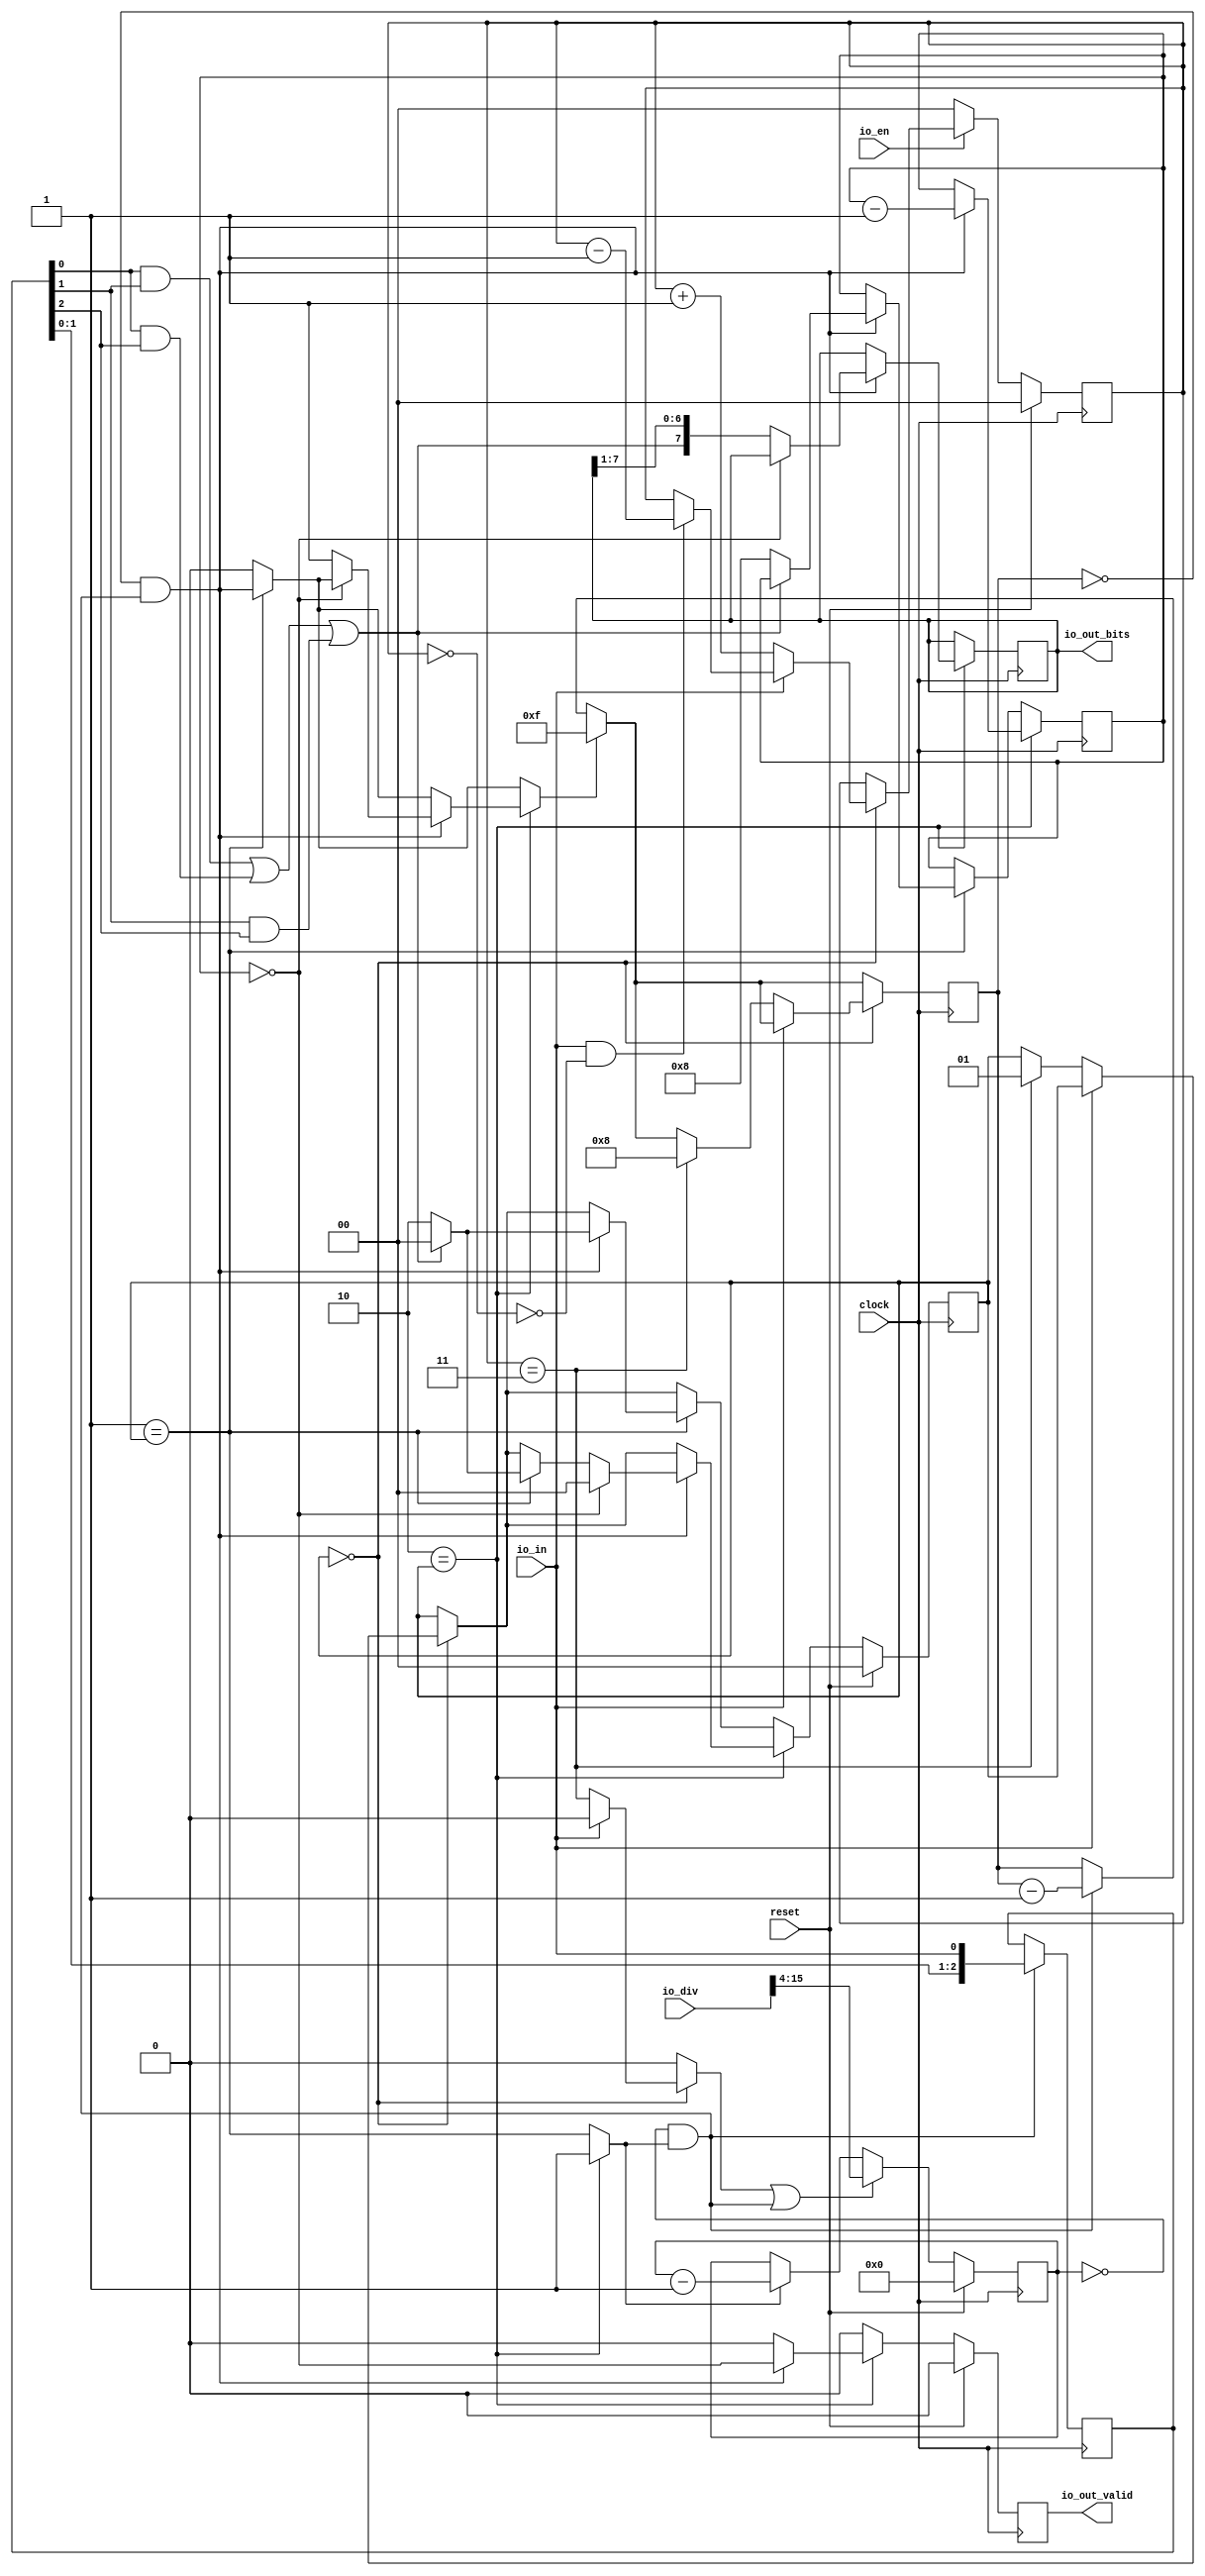
module UARTRx(
  input         clock,
  input         reset,
  input         io_en,
  input         io_in,
  output        io_out_valid,
  output [7:0]  io_out_bits,
  input  [15:0] io_div
);
  reg [1:0] debounce;
  reg [31:0] _GEN_7;
  wire  debounce_max;
  wire  debounce_min;
  reg [11:0] prescaler;
  reg [31:0] _GEN_20;
  wire  start;
  wire  busy;
  wire  _T_25;
  wire  pulse;
  wire [12:0] _T_27;
  wire [12:0] _T_28;
  wire [11:0] _T_29;
  wire [11:0] _GEN_0;
  wire  _T_30;
  wire [11:0] _T_31;
  wire [11:0] _GEN_1;
  reg [2:0] sample;
  reg [31:0] _GEN_23;
  wire  _T_33;
  wire  _T_34;
  wire  _T_35;
  wire  _T_36;
  wire  _T_37;
  wire  _T_38;
  wire  _T_39;
  wire  voter;
  wire [3:0] _T_40;
  wire [3:0] _GEN_2;
  reg [4:0] timer;
  reg [31:0] _GEN_28;
  reg [3:0] counter;
  reg [31:0] _GEN_43;
  reg [7:0] shifter;
  reg [31:0] _GEN_44;
  wire  _T_45;
  wire  expire;
  wire  sched;
  wire [5:0] _T_49;
  wire [5:0] _T_50;
  wire [4:0] _T_51;
  wire [4:0] _GEN_3;
  wire [4:0] _GEN_4;
  reg  valid;
  reg [31:0] _GEN_45;
  reg [1:0] state;
  reg [31:0] _GEN_46;
  wire  _T_58;
  wire  _T_60;
  wire  _T_62;
  wire  _T_64;
  wire  _T_65;
  wire [2:0] _T_67;
  wire [2:0] _T_68;
  wire [1:0] _T_69;
  wire [1:0] _GEN_5;
  wire [2:0] _T_73;
  wire [1:0] _T_74;
  wire [1:0] _GEN_6;
  wire [4:0] _GEN_8;
  wire [1:0] _GEN_9;
  wire [1:0] _GEN_10;
  wire  _GEN_11;
  wire [4:0] _GEN_12;
  wire [1:0] _GEN_13;
  wire [1:0] _GEN_14;
  wire  _GEN_15;
  wire [4:0] _GEN_16;
  wire  _T_77;
  wire [1:0] _GEN_17;
  wire  _T_81;
  wire [1:0] _GEN_18;
  wire [3:0] _GEN_19;
  wire [1:0] _GEN_21;
  wire [3:0] _GEN_22;
  wire  _GEN_24;
  wire [1:0] _GEN_25;
  wire [3:0] _GEN_26;
  wire  _T_83;
  wire [4:0] _T_86;
  wire [4:0] _T_87;
  wire [3:0] _T_88;
  wire  _T_90;
  wire [1:0] _GEN_27;
  wire  _T_93;
  wire [6:0] _T_94;
  wire [7:0] _T_95;
  wire [7:0] _GEN_29;
  wire  _GEN_30;
  wire [3:0] _GEN_31;
  wire [1:0] _GEN_32;
  wire  _GEN_33;
  wire [7:0] _GEN_34;
  wire  _GEN_35;
  wire  _GEN_36;
  wire [3:0] _GEN_37;
  wire [1:0] _GEN_38;
  wire  _GEN_39;
  wire [7:0] _GEN_40;
  wire  _GEN_41;
  wire  _T_98;
  wire [1:0] _GEN_42;
  assign io_out_valid = valid;
  assign io_out_bits = shifter;
  assign debounce_max = debounce == 2'h3;
  assign debounce_min = debounce == 2'h0;
  assign start = _GEN_15;
  assign busy = _GEN_36;
  assign _T_25 = prescaler == 12'h0;
  assign pulse = _T_25 & busy;
  assign _T_27 = prescaler - 12'h1;
  assign _T_28 = $unsigned(_T_27);
  assign _T_29 = _T_28[11:0];
  assign _GEN_0 = busy ? _T_29 : prescaler;
  assign _T_30 = start | pulse;
  assign _T_31 = io_div[15:4];
  assign _GEN_1 = _T_30 ? _T_31 : _GEN_0;
  assign _T_33 = sample[0];
  assign _T_34 = sample[1];
  assign _T_35 = sample[2];
  assign _T_36 = _T_33 & _T_34;
  assign _T_37 = _T_33 & _T_35;
  assign _T_38 = _T_36 | _T_37;
  assign _T_39 = _T_34 & _T_35;
  assign voter = _T_38 | _T_39;
  assign _T_40 = {sample,io_in};
  assign _GEN_2 = pulse ? _T_40 : {{1'd0}, sample};
  assign _T_45 = timer == 5'h0;
  assign expire = _T_45 & pulse;
  assign sched = _GEN_41;
  assign _T_49 = timer - 5'h1;
  assign _T_50 = $unsigned(_T_49);
  assign _T_51 = _T_50[4:0];
  assign _GEN_3 = pulse ? _T_51 : timer;
  assign _GEN_4 = sched ? 5'hf : _GEN_3;
  assign _T_58 = 2'h0 == state;
  assign _T_60 = io_in == 1'h0;
  assign _T_62 = _T_60 == 1'h0;
  assign _T_64 = debounce_min == 1'h0;
  assign _T_65 = _T_62 & _T_64;
  assign _T_67 = debounce - 2'h1;
  assign _T_68 = $unsigned(_T_67);
  assign _T_69 = _T_68[1:0];
  assign _GEN_5 = _T_65 ? _T_69 : debounce;
  assign _T_73 = debounce + 2'h1;
  assign _T_74 = _T_73[1:0];
  assign _GEN_6 = debounce_max ? 2'h1 : state;
  assign _GEN_8 = debounce_max ? 5'h8 : _GEN_4;
  assign _GEN_9 = _T_60 ? _T_74 : _GEN_5;
  assign _GEN_10 = _T_60 ? _GEN_6 : state;
  assign _GEN_11 = _T_60 ? debounce_max : 1'h0;
  assign _GEN_12 = _T_60 ? _GEN_8 : _GEN_4;
  assign _GEN_13 = _T_58 ? _GEN_9 : debounce;
  assign _GEN_14 = _T_58 ? _GEN_10 : state;
  assign _GEN_15 = _T_58 ? _GEN_11 : 1'h0;
  assign _GEN_16 = _T_58 ? _GEN_12 : _GEN_4;
  assign _T_77 = 2'h1 == state;
  assign _GEN_17 = voter ? 2'h0 : _GEN_14;
  assign _T_81 = voter == 1'h0;
  assign _GEN_18 = _T_81 ? 2'h2 : _GEN_17;
  assign _GEN_19 = _T_81 ? 4'h8 : counter;
  assign _GEN_21 = expire ? _GEN_18 : _GEN_14;
  assign _GEN_22 = expire ? _GEN_19 : counter;
  assign _GEN_24 = _T_77 ? expire : 1'h0;
  assign _GEN_25 = _T_77 ? _GEN_21 : _GEN_14;
  assign _GEN_26 = _T_77 ? _GEN_22 : counter;
  assign _T_83 = 2'h2 == state;
  assign _T_86 = counter - 4'h1;
  assign _T_87 = $unsigned(_T_86);
  assign _T_88 = _T_87[3:0];
  assign _T_90 = counter == 4'h0;
  assign _GEN_27 = _T_90 ? 2'h0 : _GEN_25;
  assign _T_93 = _T_90 == 1'h0;
  assign _T_94 = shifter[7:1];
  assign _T_95 = {voter,_T_94};
  assign _GEN_29 = _T_93 ? _T_95 : shifter;
  assign _GEN_30 = _T_93 ? 1'h1 : _GEN_24;
  assign _GEN_31 = expire ? _T_88 : _GEN_26;
  assign _GEN_32 = expire ? _GEN_27 : _GEN_25;
  assign _GEN_33 = expire ? _T_90 : 1'h0;
  assign _GEN_34 = expire ? _GEN_29 : shifter;
  assign _GEN_35 = expire ? _GEN_30 : _GEN_24;
  assign _GEN_36 = _T_83 ? 1'h1 : _T_77;
  assign _GEN_37 = _T_83 ? _GEN_31 : _GEN_26;
  assign _GEN_38 = _T_83 ? _GEN_32 : _GEN_25;
  assign _GEN_39 = _T_83 ? _GEN_33 : 1'h0;
  assign _GEN_40 = _T_83 ? _GEN_34 : shifter;
  assign _GEN_41 = _T_83 ? _GEN_35 : _GEN_24;
  assign _T_98 = io_en == 1'h0;
  assign _GEN_42 = _T_98 ? 2'h0 : _GEN_13;
`ifdef RANDOMIZE
  integer initvar;
  initial begin
    `ifndef verilator
      #0.002 begin end
    `endif
  `ifdef RANDOMIZE_REG_INIT
  _GEN_7 = {1{$random}};
  debounce = _GEN_7[1:0];
  `endif
  `ifdef RANDOMIZE_REG_INIT
  _GEN_20 = {1{$random}};
  prescaler = _GEN_20[11:0];
  `endif
  `ifdef RANDOMIZE_REG_INIT
  _GEN_23 = {1{$random}};
  sample = _GEN_23[2:0];
  `endif
  `ifdef RANDOMIZE_REG_INIT
  _GEN_28 = {1{$random}};
  timer = _GEN_28[4:0];
  `endif
  `ifdef RANDOMIZE_REG_INIT
  _GEN_43 = {1{$random}};
  counter = _GEN_43[3:0];
  `endif
  `ifdef RANDOMIZE_REG_INIT
  _GEN_44 = {1{$random}};
  shifter = _GEN_44[7:0];
  `endif
  `ifdef RANDOMIZE_REG_INIT
  _GEN_45 = {1{$random}};
  valid = _GEN_45[0:0];
  `endif
  `ifdef RANDOMIZE_REG_INIT
  _GEN_46 = {1{$random}};
  state = _GEN_46[1:0];
  `endif
  end
`endif
  always @(posedge clock) begin
    if (reset) begin
      debounce <= 2'h0;
    end else begin
      if (_T_98) begin
        debounce <= 2'h0;
      end else begin
        if (_T_58) begin
          if (_T_60) begin
            debounce <= _T_74;
          end else begin
            if (_T_65) begin
              debounce <= _T_69;
            end
          end
        end
      end
    end
    if (reset) begin
      prescaler <= 12'h0;
    end else begin
      if (_T_30) begin
        prescaler <= _T_31;
      end else begin
        if (busy) begin
          prescaler <= _T_29;
        end
      end
    end
    sample <= _GEN_2[2:0];
    if (_T_58) begin
      if (_T_60) begin
        if (debounce_max) begin
          timer <= 5'h8;
        end else begin
          if (sched) begin
            timer <= 5'hf;
          end else begin
            if (pulse) begin
              timer <= _T_51;
            end
          end
        end
      end else begin
        if (sched) begin
          timer <= 5'hf;
        end else begin
          if (pulse) begin
            timer <= _T_51;
          end
        end
      end
    end else begin
      if (sched) begin
        timer <= 5'hf;
      end else begin
        if (pulse) begin
          timer <= _T_51;
        end
      end
    end
    if (_T_83) begin
      if (expire) begin
        counter <= _T_88;
      end else begin
        if (_T_77) begin
          if (expire) begin
            if (_T_81) begin
              counter <= 4'h8;
            end
          end
        end
      end
    end else begin
      if (_T_77) begin
        if (expire) begin
          if (_T_81) begin
            counter <= 4'h8;
          end
        end
      end
    end
    if (_T_83) begin
      if (expire) begin
        if (_T_93) begin
          shifter <= _T_95;
        end
      end
    end
    if (reset) begin
      valid <= 1'h0;
    end else begin
      if (_T_83) begin
        if (expire) begin
          valid <= _T_90;
        end else begin
          valid <= 1'h0;
        end
      end else begin
        valid <= 1'h0;
      end
    end
    if (reset) begin
      state <= 2'h0;
    end else begin
      if (_T_83) begin
        if (expire) begin
          if (_T_90) begin
            state <= 2'h0;
          end else begin
            if (_T_77) begin
              if (expire) begin
                if (_T_81) begin
                  state <= 2'h2;
                end else begin
                  if (voter) begin
                    state <= 2'h0;
                  end else begin
                    if (_T_58) begin
                      if (_T_60) begin
                        if (debounce_max) begin
                          state <= 2'h1;
                        end
                      end
                    end
                  end
                end
              end else begin
                if (_T_58) begin
                  if (_T_60) begin
                    if (debounce_max) begin
                      state <= 2'h1;
                    end
                  end
                end
              end
            end else begin
              if (_T_58) begin
                if (_T_60) begin
                  if (debounce_max) begin
                    state <= 2'h1;
                  end
                end
              end
            end
          end
        end else begin
          if (_T_77) begin
            if (expire) begin
              if (_T_81) begin
                state <= 2'h2;
              end else begin
                if (voter) begin
                  state <= 2'h0;
                end else begin
                  if (_T_58) begin
                    if (_T_60) begin
                      if (debounce_max) begin
                        state <= 2'h1;
                      end
                    end
                  end
                end
              end
            end else begin
              state <= _GEN_14;
            end
          end else begin
            state <= _GEN_14;
          end
        end
      end else begin
        if (_T_77) begin
          if (expire) begin
            if (_T_81) begin
              state <= 2'h2;
            end else begin
              if (voter) begin
                state <= 2'h0;
              end else begin
                state <= _GEN_14;
              end
            end
          end else begin
            state <= _GEN_14;
          end
        end else begin
          state <= _GEN_14;
        end
      end
    end
  end
endmodule